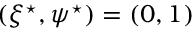
( \xi ^ { \star } , \psi ^ { \star } ) = ( 0 , 1 )